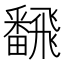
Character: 飜